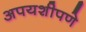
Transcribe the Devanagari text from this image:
अपयशीपणे